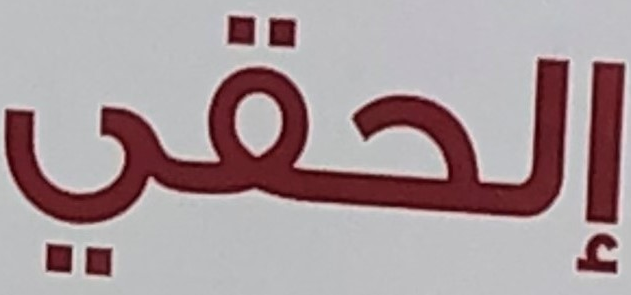
إلحقي